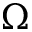
\Omega